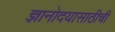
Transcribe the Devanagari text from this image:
ज्ञानोदयासाठीची